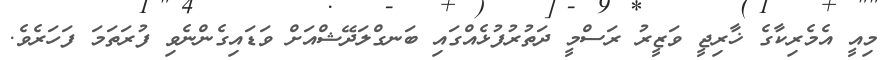
މިއީ އެމެރިކާގެ ޚާރިޖީ ވަޒީރު ރަސްމީ ދަތުރުފުޅެއްގައި ބަނގްލަދޭޝްއަށް ވަޑައިގެންނެވި ފުރަތަމަ ފަހަރެވެ.